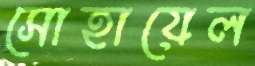
সোহায়েল